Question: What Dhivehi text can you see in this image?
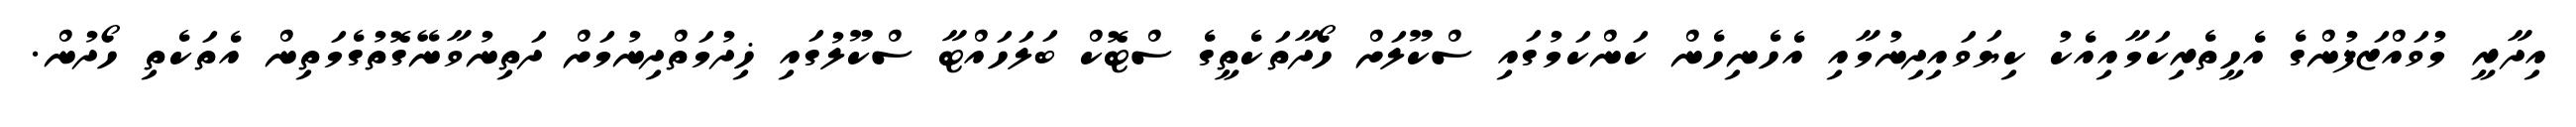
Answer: އިދާރީ މުވައްޒަފުންގެ އެހީތެރިކަމާއިއެކު ކިޔަވައިދިނުމާއި އެހެނިހެން ކަންކަމުގައި ސްކޫލަށް ހޯދާތަކެތީގެ ސްޓޮކް ބަލަހައްޓާ ސްކޫލުގައި ޚިދުމަތްދިނުމަށް ދަތިނުވާނޭގޮތުގެމަތިން އެތަކެތި ހޯދުން.